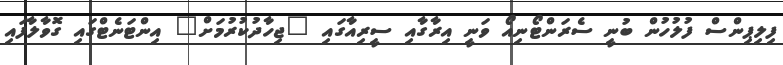
ފިލިޕިންސް ފުލުހުން ބުނީ ސެރަންޓޯނިއޯ ވަނީ އިރާގާއި ސީރިއާގައި "ޖިހާދުކުރުމަށް" އިންޓަނެޓްގައި ގޮވާލާފައި